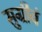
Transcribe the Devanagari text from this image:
सुग्रीवं